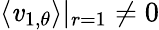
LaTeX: \langle\mathit{v}_{1,\theta}\rangle|_{r=1}\neq0